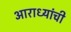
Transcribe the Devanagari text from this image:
आराध्यांची